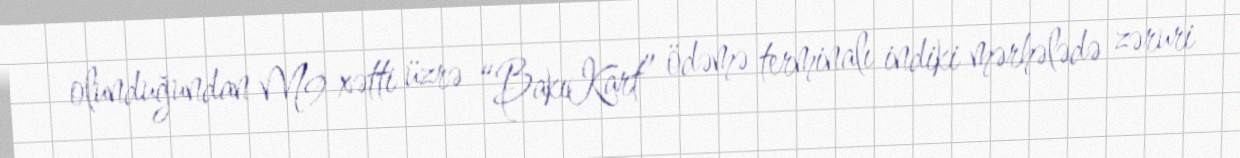
olunduğundan M9 xətti üzrə “BakıKart” ödəmə terminalı indiki mərhələdə zəruri